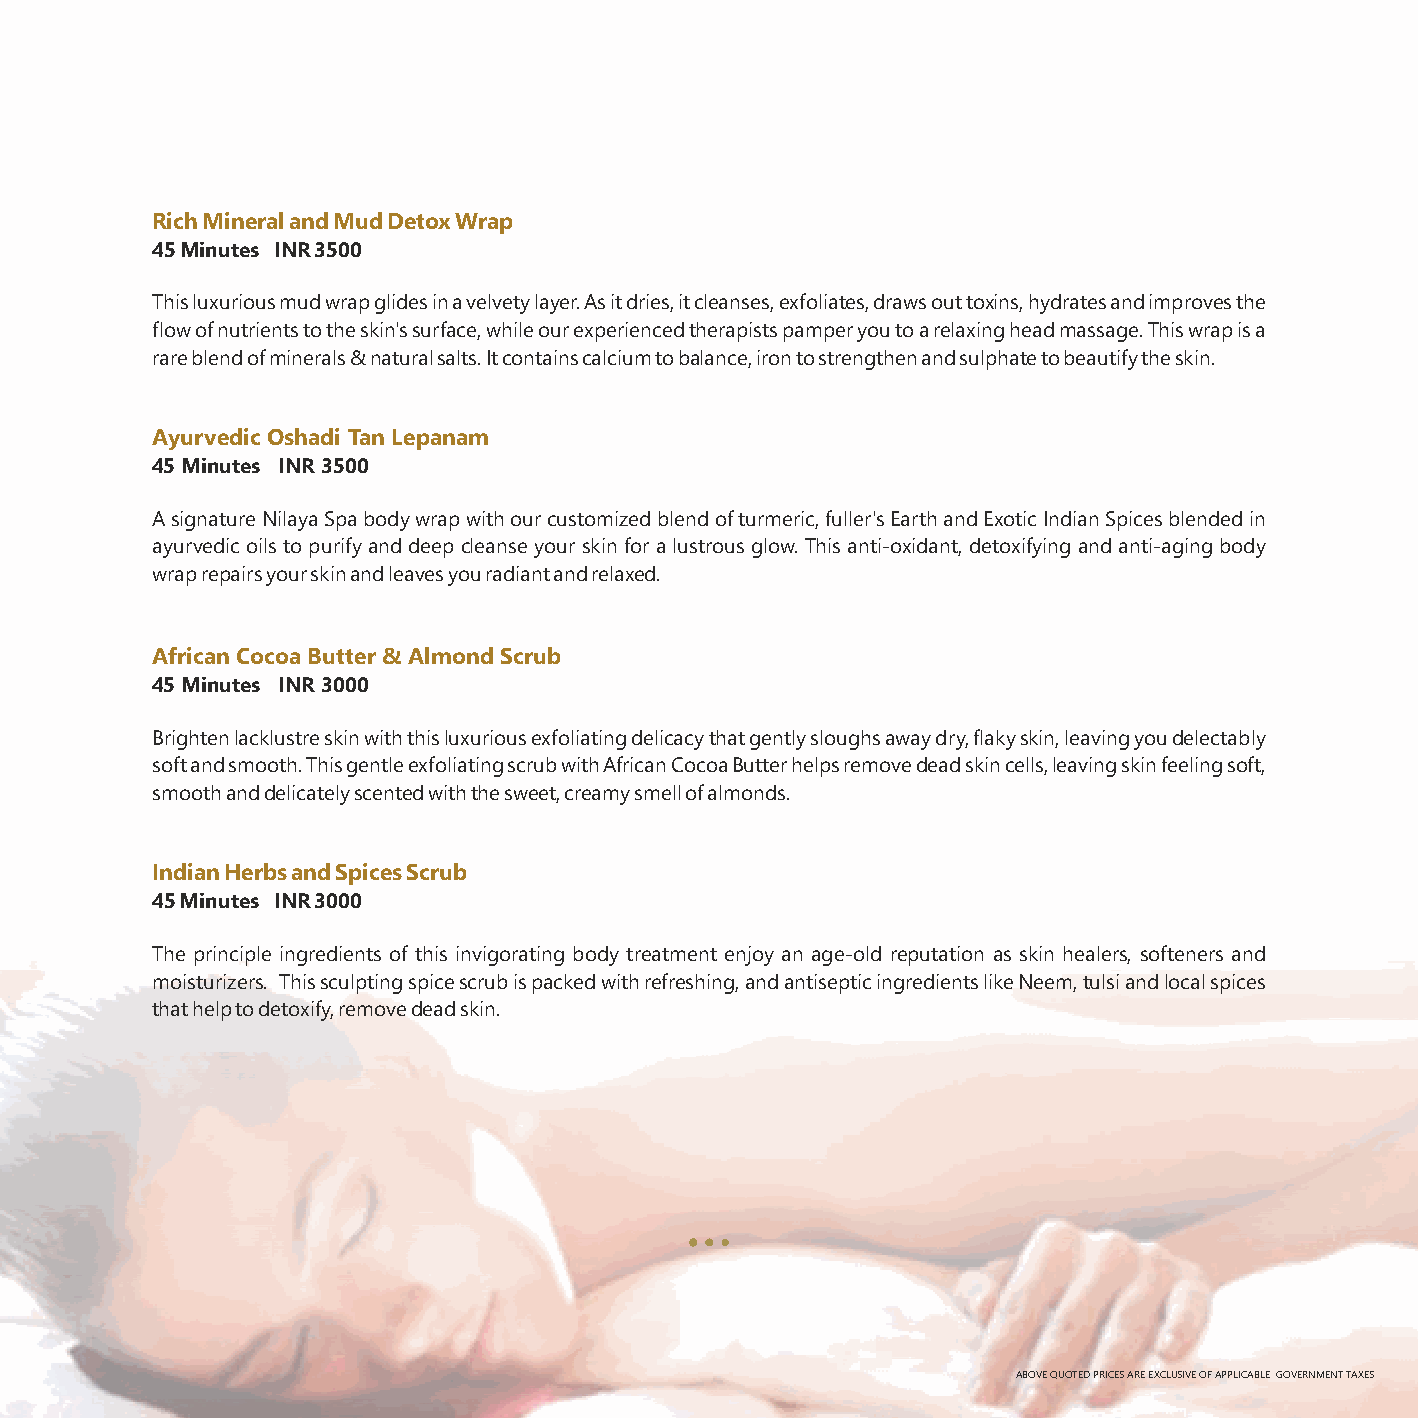
Rich Mineral and Mud Detox Wrap
 45 Minutes INR 3500
 This luxurious mud wrap glides in a velvety layer. As it dries, it cleanses, exfoliates, draws out toxins, hydrates and improves the
 flow of nutrients to the skin's surface, while our experienced therapists pamper you to a relaxing head massage. This wrap is a
 rare blend of minerals & natural salts. It contains calcium to balance, iron to strengthen and sulphate to beautify the skin.
 Ayurvedic Oshadi Tan Lepanam
 45 Minutes INR 3500
 A signature Nilaya Spa body wrap with our customized blend of turmeric, fuller's Earth and Exotic Indian Spices blended in
 ayurvedic oils to purify and deep cleanse your skin for a lustrous glow. This anti-oxidant, detoxifying and anti-aging body
 wrap repairs your skin and leaves you radiant and relaxed.
 African Cocoa Butter & Almond Scrub
 45 Minutes INR 3000
 Brighten lacklustre skin with this luxurious exfoliating delicacy that gently sloughs away dry, flaky skin, leaving you delectably
 soft and smooth. This gentle exfoliating scrub with African Cocoa Butter helps remove dead skin cells, leaving skin feeling soft,
 smooth and delicately scented with the sweet, creamy smell of almonds.
 Indian Herbs and Spices Scrub
 45 Minutes INR 3000
 The principle ingredients of this invigorating body treatment enjoy an age-old reputation as skin healers, softeners and
 moisturizers. This sculpting spice scrub is packed with refreshing, and antiseptic ingredients like Neem, tulsi and local spices
 that help to detoxify, remove dead skin.
 ABOVE QUOTED PRICES ARE EXCLUSIVE OF APPLICABLE GOVERNMENT TAXES